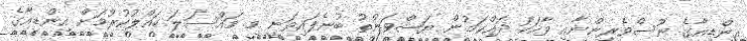
އިންޑިއާގެ ނޫސްވެރިންނާއި ވާހަކަ ދައްކަމުން ޔަޝްވަންތު ބުނެފައިވަނީ މި މައްސަލަ ހައްލުކުރުމަށް އިންޑިއާގެ